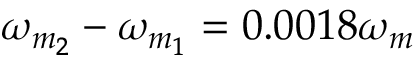
\omega _ { m _ { 2 } } - \omega _ { m _ { 1 } } = 0 . 0 0 1 8 \omega _ { m }